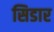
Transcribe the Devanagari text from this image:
सिडार